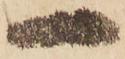
一